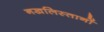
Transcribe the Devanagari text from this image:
नखलिस्तानों